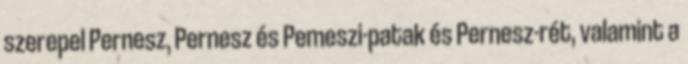
szerepel Pernesz, Pernesz és Pemeszi-patak és Pernesz-rét, valamint a